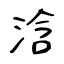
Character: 浛